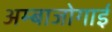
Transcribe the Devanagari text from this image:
अम्बाजोगाई